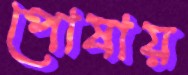
পোষায়